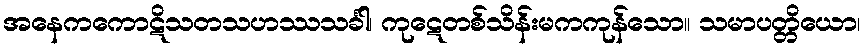
အနေကကောဋိသတသဟဿသင်္ခါ၊ ကုဋေတစ်သိန်းမကကုန်သော။ သမာပတ္တိယော၊